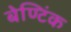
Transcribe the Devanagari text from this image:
बेण्टिंक